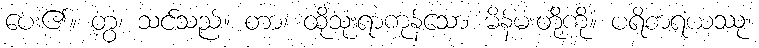
ပေး၏။ တွံ၊ သင်သည်။ တာ၊ ထိုသုံးရာကုန်သော မိန်မးတို့ကို။ ပရိစာရယဿု၊